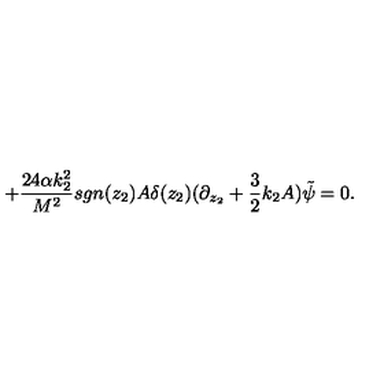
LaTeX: + \frac { 2 4 \alpha k _ { 2 } ^ { 2 } } { M ^ { 2 } } s g n ( z _ { 2 } ) A \delta ( z _ { 2 } ) ( \partial _ { z _ { 2 } } + \frac { 3 } { 2 } k _ { 2 } A ) \tilde { \psi } = 0 .